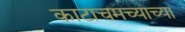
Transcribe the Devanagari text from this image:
काटाचमच्याच्या